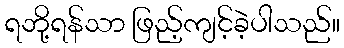
ရဘို့ရန်သာ ဖြည့်ကျင့်ခဲ့ပါသည်။